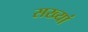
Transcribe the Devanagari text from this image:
सख्यां